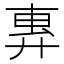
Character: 𫸜